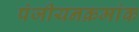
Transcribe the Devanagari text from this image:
पंजीयनक्रमांक